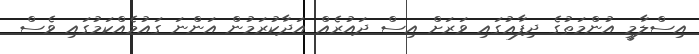
އިސްލާމީ އުންމަތުގެ ދިފާޢުގައި ވަރަށް އިސް ދައުރެއް އަދާކުރަމުން އަންނަ ގައުމެއްކަމުގައި ވެސް